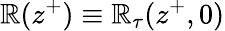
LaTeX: \mathbb{R}(z^{+})\equiv\mathbb{R}_{\tau}(z^{+},0)